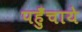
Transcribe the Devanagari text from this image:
पहुँचाये